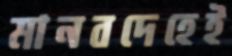
মানবদেহেই